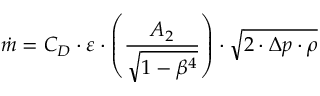
\dot { m } = C _ { D } \cdot \varepsilon \cdot \left( \frac { A _ { 2 } } { \sqrt { 1 - \beta ^ { 4 } } } \right) \cdot \sqrt { 2 \cdot \Delta p \cdot \rho }